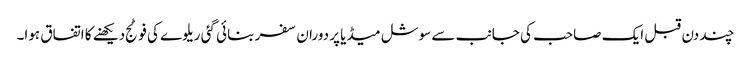
چند دن قبل ایک صاحب کی جانب سے سوشل میڈیا پر دوران سفر بنائی گئی ریلوے کی فوٹج دیکھنے کا اتفاق ہوا۔